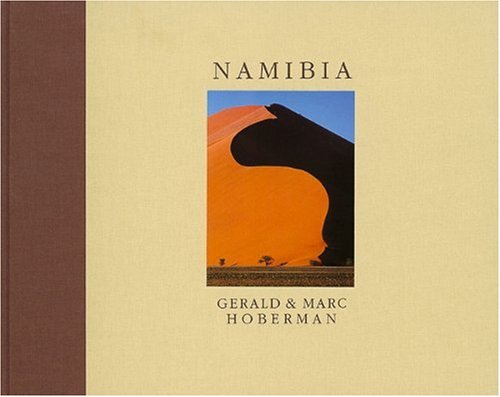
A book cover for Namibia: Coffee Table Book (Gerald & Marc Hoberman Collection); Gerald Hoberman; Travel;